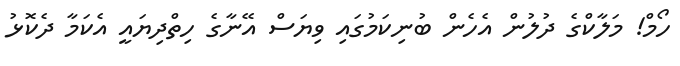
ހޯމް! މަލާކްގެ ދުލުން އެހެން ބުނިކަމުގައި ވިޔަސް އޭނާގެ ހިތްދިޔައީ އެކަމާ ދެކޮޅު